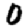
Digit: 0